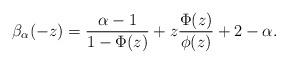
LaTeX: \begin{align*}\beta_\alpha(-z)=\frac{\alpha-1}{1-\Phi(z)} + z \frac{\Phi(z)}{\phi(z)} + 2 - \alpha.\end{align*}